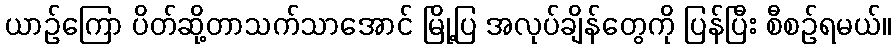
ယာဉ်ကြော ပိတ်ဆို့တာသက်သာအောင် မြို့ပြ အလုပ်ချိန်တွေကို ပြန်ပြီး စီစဉ်ရမယ်။